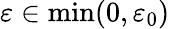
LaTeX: \varepsilon\in\operatorname*{min}(0,\varepsilon_{0})